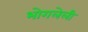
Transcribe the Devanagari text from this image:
भोगलेली